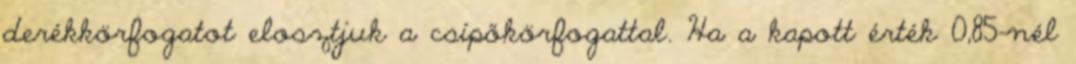
derékkörfogatot elosztjuk a csípőkörfogattal. Ha a kapott érték 0,85-nél